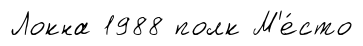
Локна 1988 полк М'е́сто